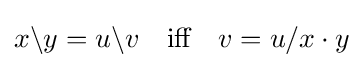
x\backslash y=u\backslash v\quad {\text{iff}}\quad v=u/x\cdot y